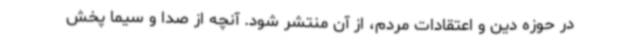
در حوزه دین و اعتقادات مردم، از آن منتشر شود. آنچه از صدا و سیما پخش